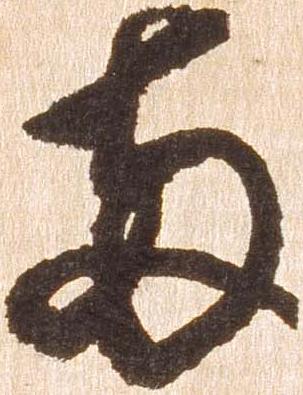
両